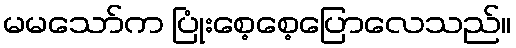
မမသော်က ပြုံးစေ့စေ့ပြောလေသည်။